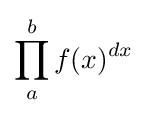
\prod _{a}^{b}f(x)^{dx}